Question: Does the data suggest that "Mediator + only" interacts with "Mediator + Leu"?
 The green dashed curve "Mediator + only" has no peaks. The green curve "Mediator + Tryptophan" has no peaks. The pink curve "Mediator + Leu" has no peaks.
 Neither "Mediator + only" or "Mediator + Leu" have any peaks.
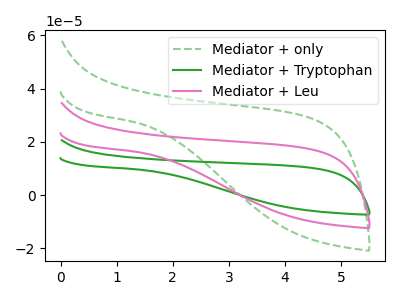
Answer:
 <answer>No, "Mediator + only" and "Mediator + Leu" don't appear to be significantly different in shape</answer>
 <eval>no_change</eval>